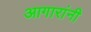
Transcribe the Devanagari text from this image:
आगारांनी